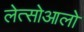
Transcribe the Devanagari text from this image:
लेत्सोआलो